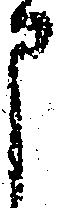
申